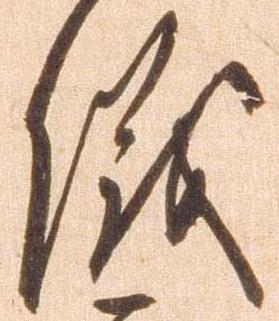
儀